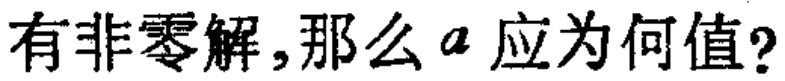
有非零解,那么\(a\)应为何值?